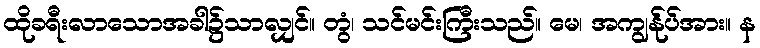
ထိုခရီးလာသောအခါ၌သာလျှင်။ တွံ၊ သင်မင်းကြီးသည်။ မေ၊ အကျွန်ုပ်အား။ န